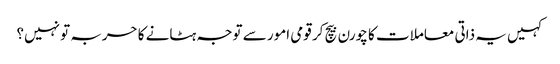
کہیں یہ ذاتی معاملات کا چورن بیچ کر قومی امور سے توجہ ہٹانے کا حربہ تو نہیں؟